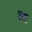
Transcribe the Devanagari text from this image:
शष्ट